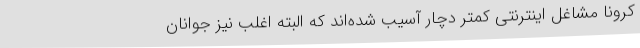
کرونا مشاغل اینترنتی کمتر دچار آسیب شده‌اند که البته اغلب نیز جوانان